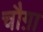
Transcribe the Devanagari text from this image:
चौग़ा